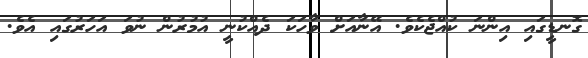
ގޮނޑީގައި އިންނަ ކުއްޖެކެވެ. އޭނާއަށް ވާހަކަ ދެއްކުނީ އުމުރުން ނުވަ އަހަރުގައި އެވެ.